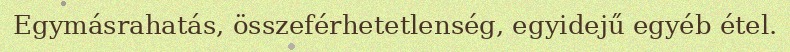
Egymásrahatás, összeférhetetlenség, egyidejű egyéb étel.